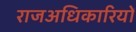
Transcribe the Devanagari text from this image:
राजअधिकारियों